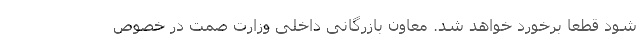
شود قطعاً برخورد خواهد شد. معاون بازرگانی داخلی وزارت صمت در خصوص